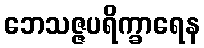
ဘေသဇ္ဇပရိက္ခာရေန